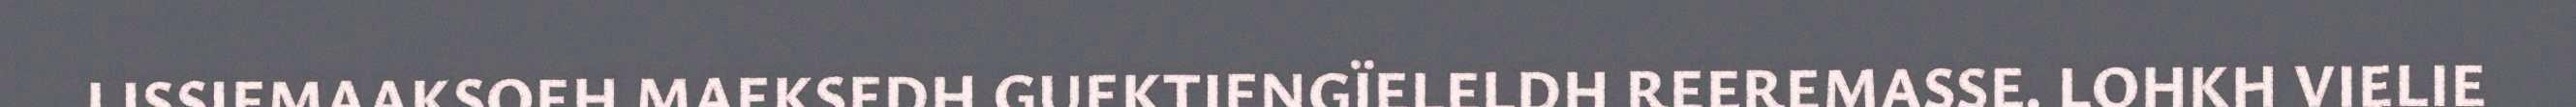
LISSIEMAAKSOEH MAEKSEDH GUEKTIENGÏELELDH REEREMASSE. LOHKH VIELIE